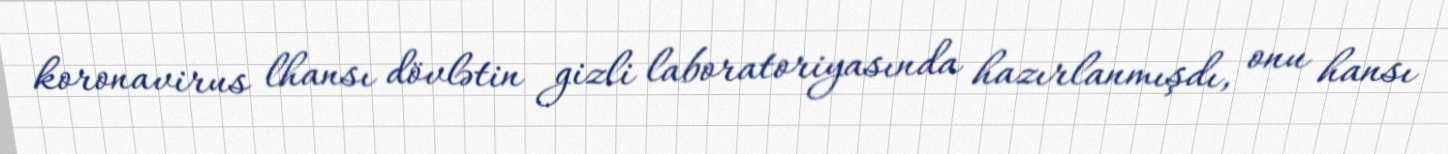
koronavirus lhansı dövlətin gizli laboratoriyasında hazırlanmışdı, onu hansı